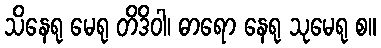
သိနေရု မေရု တိဒိဝါ၊ ဓာရော နေရု သုမေရု စ။